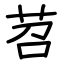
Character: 苕